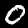
Digit: 0